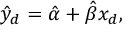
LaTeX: { \hat { y } } _ { d } = { \hat { \alpha } } + { \hat { \beta } } x _ { d } ,